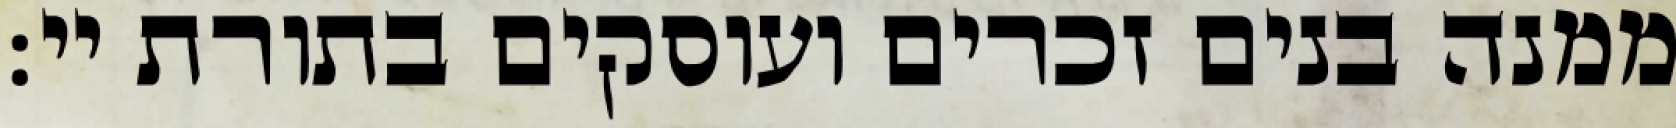
ממנה בנים זכרים ועוסקים בתורת יי: